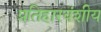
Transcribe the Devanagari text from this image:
प्रतिहारवंशीय